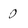
Character: 0